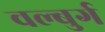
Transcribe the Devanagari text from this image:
वल्बुर्ग